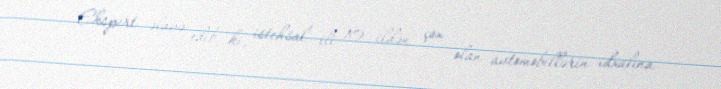
Ekspert əlavə edib ki, istehsal ili 10 ildən çox olan avtomobillərin idxalına